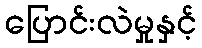
ပြောင်းလဲမှုနှင့်